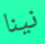
نينا